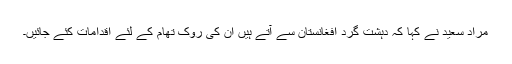
مراد سعید نے کہا کہ دہشت گرد افغانستان سے آتے ہیں ان کی روک تھام کے لئے اقدامات کئے جائیں۔